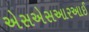
એસએસઆરઆઈ